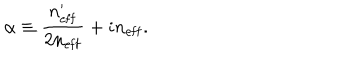
LaTeX: \alpha \equiv \frac { n _ { \mathrm { e f f } } ^ { \prime } } { 2 n _ { \mathrm { e f f } } } + i n _ { \mathrm { e f f } } .